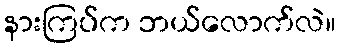
နားကြပ်က ဘယ်လောက်လဲ။